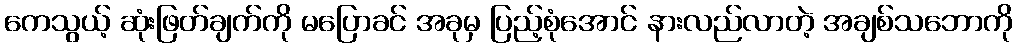
ကေသွယ့် ဆုံးဖြတ်ချက်ကို မပြောခင် အခုမှ ပြည့်စုံအောင် နားလည်လာတဲ့ အချစ်သဘောကို